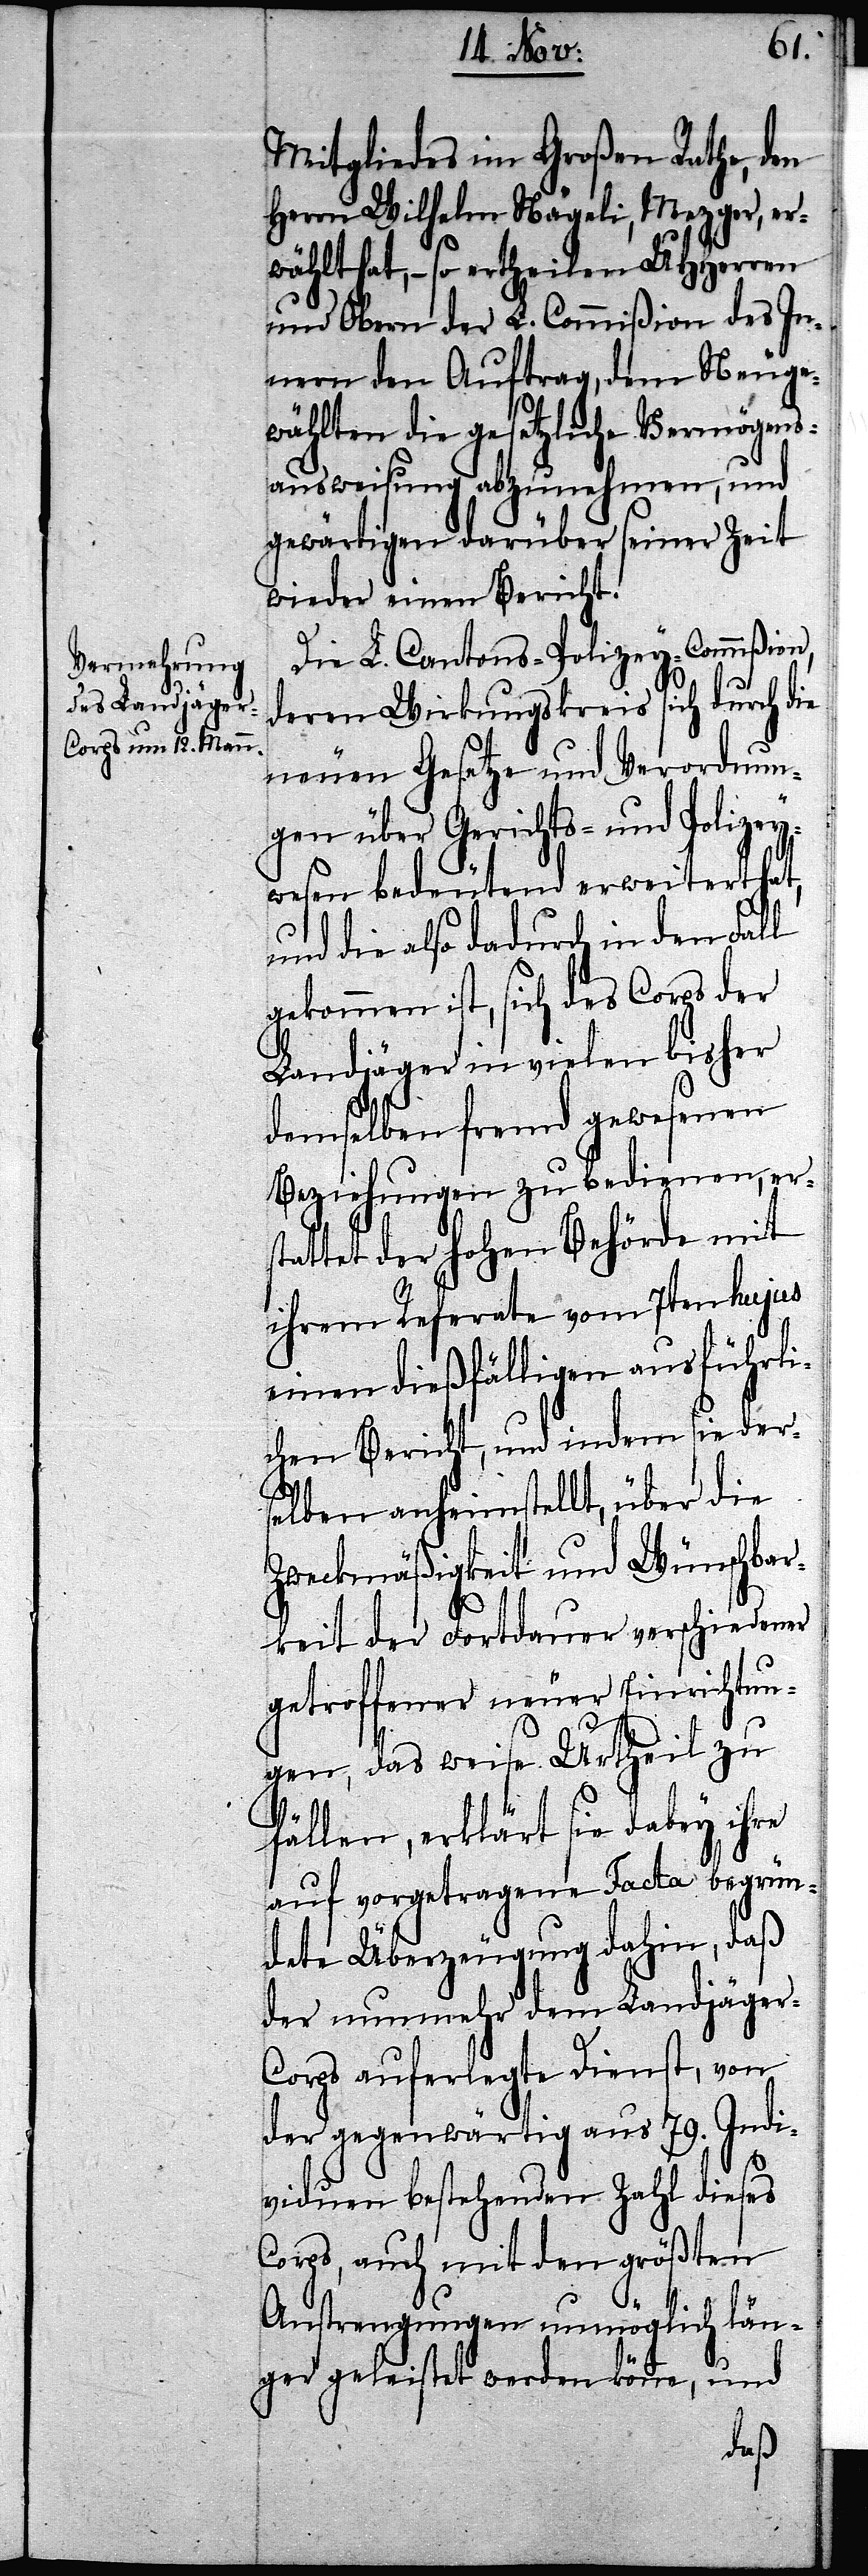
Mitgliedes im Großen Rathe, den
Herrn Wilhelm Nägeli, Mezger, er¬
wählt hat, – so ertheilen UHHerren
und Obern der L. Commißion des In¬
nern den Auftrag, dem Neuge¬
wählten die gesetzliche Vermögens¬
ausweisung abzunehmen, und
gewärtigen darüber seiner Zeit
wieder einen Bericht.
Die L. Cantons-Polizey-Commißion,
deren Wirkungskreis sich durch die
neuen Gesetze und Verordnun¬
gen über Gerichts- und Polizey¬
wesen bedeutend erweitert hat,
und die also dadurch in den Fall
gekommen ist, sich des Corps der
Landjäger in vielen bisher
demselben fremd gewesenen
Beziehungen zu bedienen, erst¬
attet der Hohen Behörde mit
ihrem Referate vom 7ten hujus
einen dießfälligen ausführli¬
chen Bericht, und indem sie der¬
selben anheimstellt, über die
Zweckmäßigkeit und Wünschbar¬
keit der Fortdauer verschiedener
getroffener neuer Einrichtun¬
gen, das weise Urtheil zu
fällen, erklärt sie dabey ihre
auf vorgetragene Facta begrün¬
dete Überzeugung dahin, daß
der nunmehr dem Landjäger-C¬
orps auferlegte Dienst, von
der gegenwärtig aus 79. Indi¬
viduen bestehenden Zahl dieses
Corps, auch mit den größten
Anstrengungen unmöglich län¬
ger geleistet werden könne, und